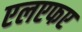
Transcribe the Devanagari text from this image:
एलएफए